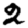
Digit: 2